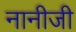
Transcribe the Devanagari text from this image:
नानीजी